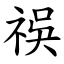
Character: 祦